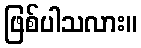
ဖြစ်ပါသလား။